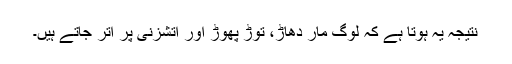
نتیجہ یہ ہوتا ہے کہ لوگ مار دھاڑ، توڑ پھوڑ اور آتشزنی پر اتر جاتے ہیں۔